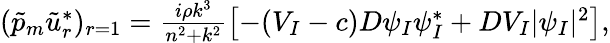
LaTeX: \begin{array}{r}{(\tilde{p}_{m}\tilde{u}_{r}^{*})_{r=1}=\frac{i\rho k^{3}}{n^{2}+k^{2}}\left[-(V_{I}-c)D\psi_{I}\psi_{I}^{*}+DV_{I}|\psi_{I}|^{2}\right],}\end{array}